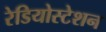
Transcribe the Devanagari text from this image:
रेडियोस्टेशन